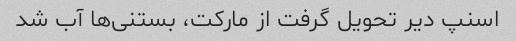
اسنپ دیر تحویل گرفت از مارکت، بستنی‌ها آب شد